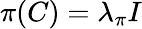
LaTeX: \pi(C)=\lambda_{\pi}I